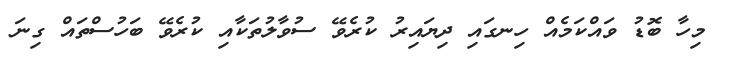
މިހާ ބޮޑު ވައްކަމެއް ހިނގައި ދިޔައިރު ކުރެވޭ ސުވާލުތަކާއި ކުރެވޭ ބަހުސްތައް ގިނަ